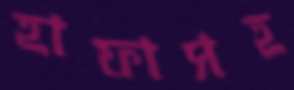
হাফাসহ